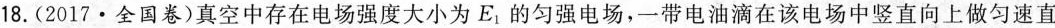
18.(2017·全国卷)真空中存在电场强度大小为E_{1}的匀强电场，一带电油滴在该电场中竖直向上做匀速直